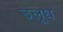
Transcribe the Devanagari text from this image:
उलूघ